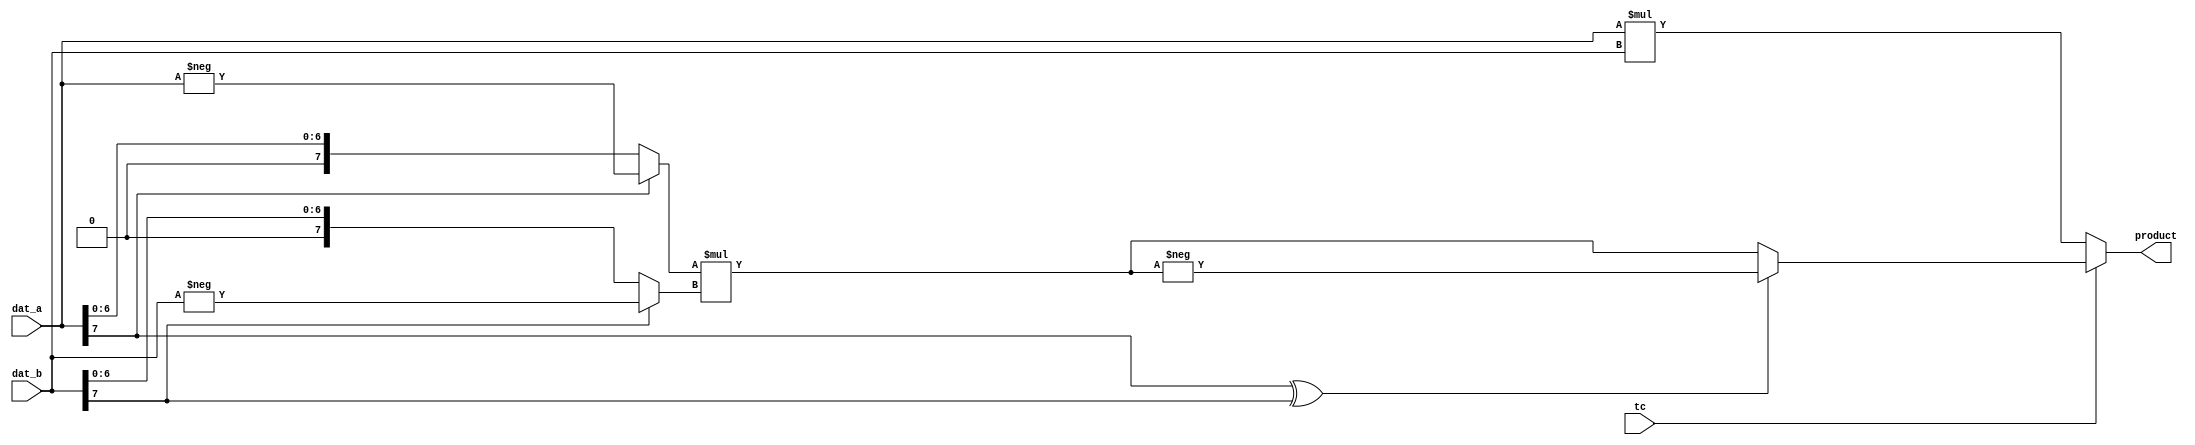
module signed_mult(/*autoarg*/
   // Outputs
   product,
   // Inputs
   dat_a, dat_b, tc
   );

parameter   A_WIDTH = 8;
parameter   B_WIDTH = 8;
parameter   PRODUCT_WIDTH = A_WIDTH + B_WIDTH;

input   [A_WIDTH-1:0]   dat_a;
input   [B_WIDTH-1:0]   dat_b;
input                   tc;//0:unsigned 1:signed

output  [PRODUCT_WIDTH-1:0] product;

/*autoreg*/
// Beginning of automatic regs (for this module's undeclared outputs)
reg [PRODUCT_WIDTH-1:0] product;
// End of automatics
reg [A_WIDTH-1:0]dat_a_tmp;
reg [B_WIDTH-1:0]dat_b_tmp;
reg [PRODUCT_WIDTH-1:0]product_tmp;
always @(*)begin
        if(tc)begin
            dat_a_tmp[A_WIDTH-1:0] = dat_a[A_WIDTH-1]? (-dat_a): dat_a;
            dat_b_tmp[B_WIDTH-1:0] = dat_b[B_WIDTH-1]? (-dat_b): dat_b;
            product_tmp[PRODUCT_WIDTH-1:0] = dat_a_tmp * dat_b_tmp;
            product[PRODUCT_WIDTH-1:0] = (dat_a[A_WIDTH-1] ^ dat_b[B_WIDTH-1])? (-product_tmp): product_tmp;   
        end
        else begin
            product[PRODUCT_WIDTH-1:0] = dat_a * dat_b;
        end
end



endmodule
module signed_cmp;

function    [DATA_WIDTH-1:0] max_op;
input   [DATA_WIDTH-1:0]   dat_op0;
input   [DATA_WIDTH-1:0]   dat_op1;

reg    cmp_flag;
if(dat_op0[DATA_WIDTH-1] != dat_op1[DATA_WIDTH-1])begin
    cmp_flag = dat_op0;
end
else begin
    cmp_flag = (dat_op0[DATA_WIDTH-1])? ((-dat_op0[DATA_WIDTH-1:0]) > (-dat_op1[DATA_WIDTH-1:0])): (dat_op0[DATA_WIDTH-1:0] < dat_op1[DATA_WIDTH-1:0]);
end

max_op[DATA_WIDTH-1:0] = cmp_flag? dat_op1[DATA_WIDTH-1:0]: dat_op0[DATA_WIDTH-1:0];

endfunction


function [DATA_WIDTH-1:0] dat_abs;
        input [DATA_WIDTH-1:0] dat_in;

        assign dat_abs[DATA_WIDTH-1:0] = (dat_in[DATA_WIDTH-1])? (-dat_in): dat_in;

endfunction

endmodule